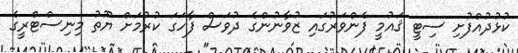
ކުޅުދުއްފުށި ސިޓީ ޤައުމީ ފެންވަރުގައި ޒުވާނުންގެ ދުވަސް ފާހަގަ ކުރުމަށް ޔޫތު މިނިސްޓްރީގެ